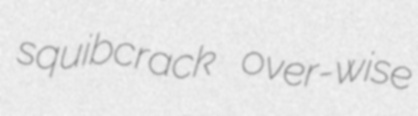
squibcrack over-wise